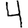
Digit: 4